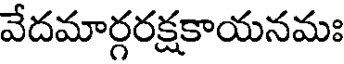
వేదమార్గరక్షకాయనమః